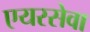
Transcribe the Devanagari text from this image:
एयरसेवा